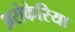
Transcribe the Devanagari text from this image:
अरोकेरिया